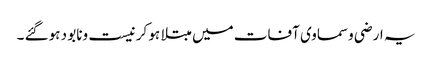
یہ ارضی وسماوی آفات میں مبتلا ہو کر نیست ونابو د ہوگئے ۔